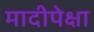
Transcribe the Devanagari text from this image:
मादीपेक्षा